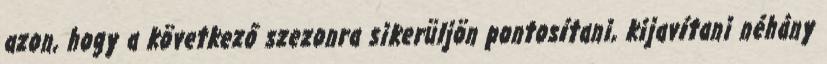
azon, hogy a következő szezonra sikerüljön pontosítani, kijavítani néhány